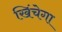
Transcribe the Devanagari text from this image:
खिंचेगा